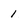
Character: 1